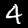
Label: 4